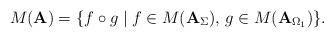
LaTeX: \begin{align*}M(\mathbf{A}) = \{ f \circ g \mid f \in M(\mathbf{A}_{\Sigma}), \, g \in M(\mathbf{A}_{\Omega_{1}}) \} .\end{align*}